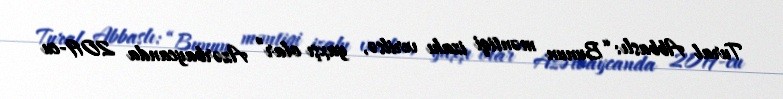
Tural Abbaslı: “Bunun məntiqi izahı verilsə, yaxşı olar” Azərbaycanda 2019-cu